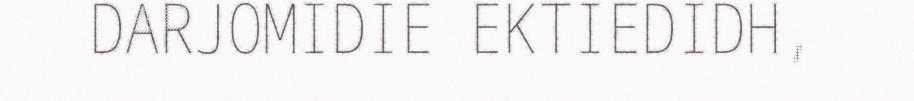
DARJOMIDIE EKTIEDIDH,